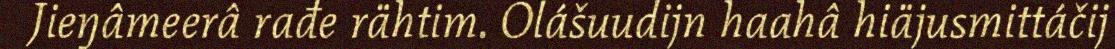
Jieŋâmeerâ rađe rähtim. Olášuudijn haahâ hiäjusmittáčij